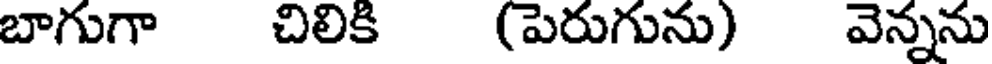
బాగుగా చిలికి (పెరుగును) వెన్నను